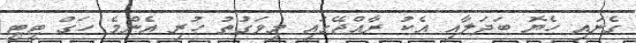
ގެނައި ހެޔޮ ބަދަލާއި އެކު ރާއްޖޭގައި މިވަގުތު ހުރި އެންމެ ހަގު ޓީޓީ